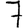
Digit: 7